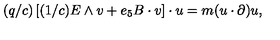
( q / c ) \left[ ( 1 / c ) E \wedge v + e _ { 5 } B \cdot v \right] \cdot u = m ( u \cdot \partial ) u ,